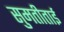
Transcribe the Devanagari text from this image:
सुमतीताई